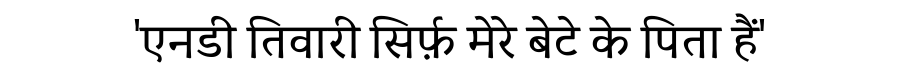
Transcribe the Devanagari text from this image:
'एनडी तिवारी सिर्फ़ मेरे बेटे के पिता हैं'